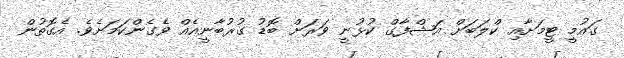
ގައުމީ ޓީމަށާއި ކްލަބަށް އަޝްފާގް ކުޅުނީ ވަރަށް ބޮޑު ގުރުބާނީއެއް ވެގެންކަމަށެވެ. އެގޮތުން